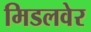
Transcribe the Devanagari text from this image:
मिडलवेर